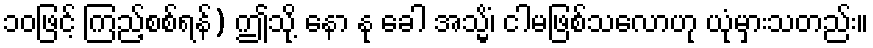
၁၀ဖြင့် ကြည့်စစ်ရန်) ဤသို့ နော နု ခေါ အသ္မိံ၊ ငါမဖြစ်သလောဟု ယုံမှားသတည်း။